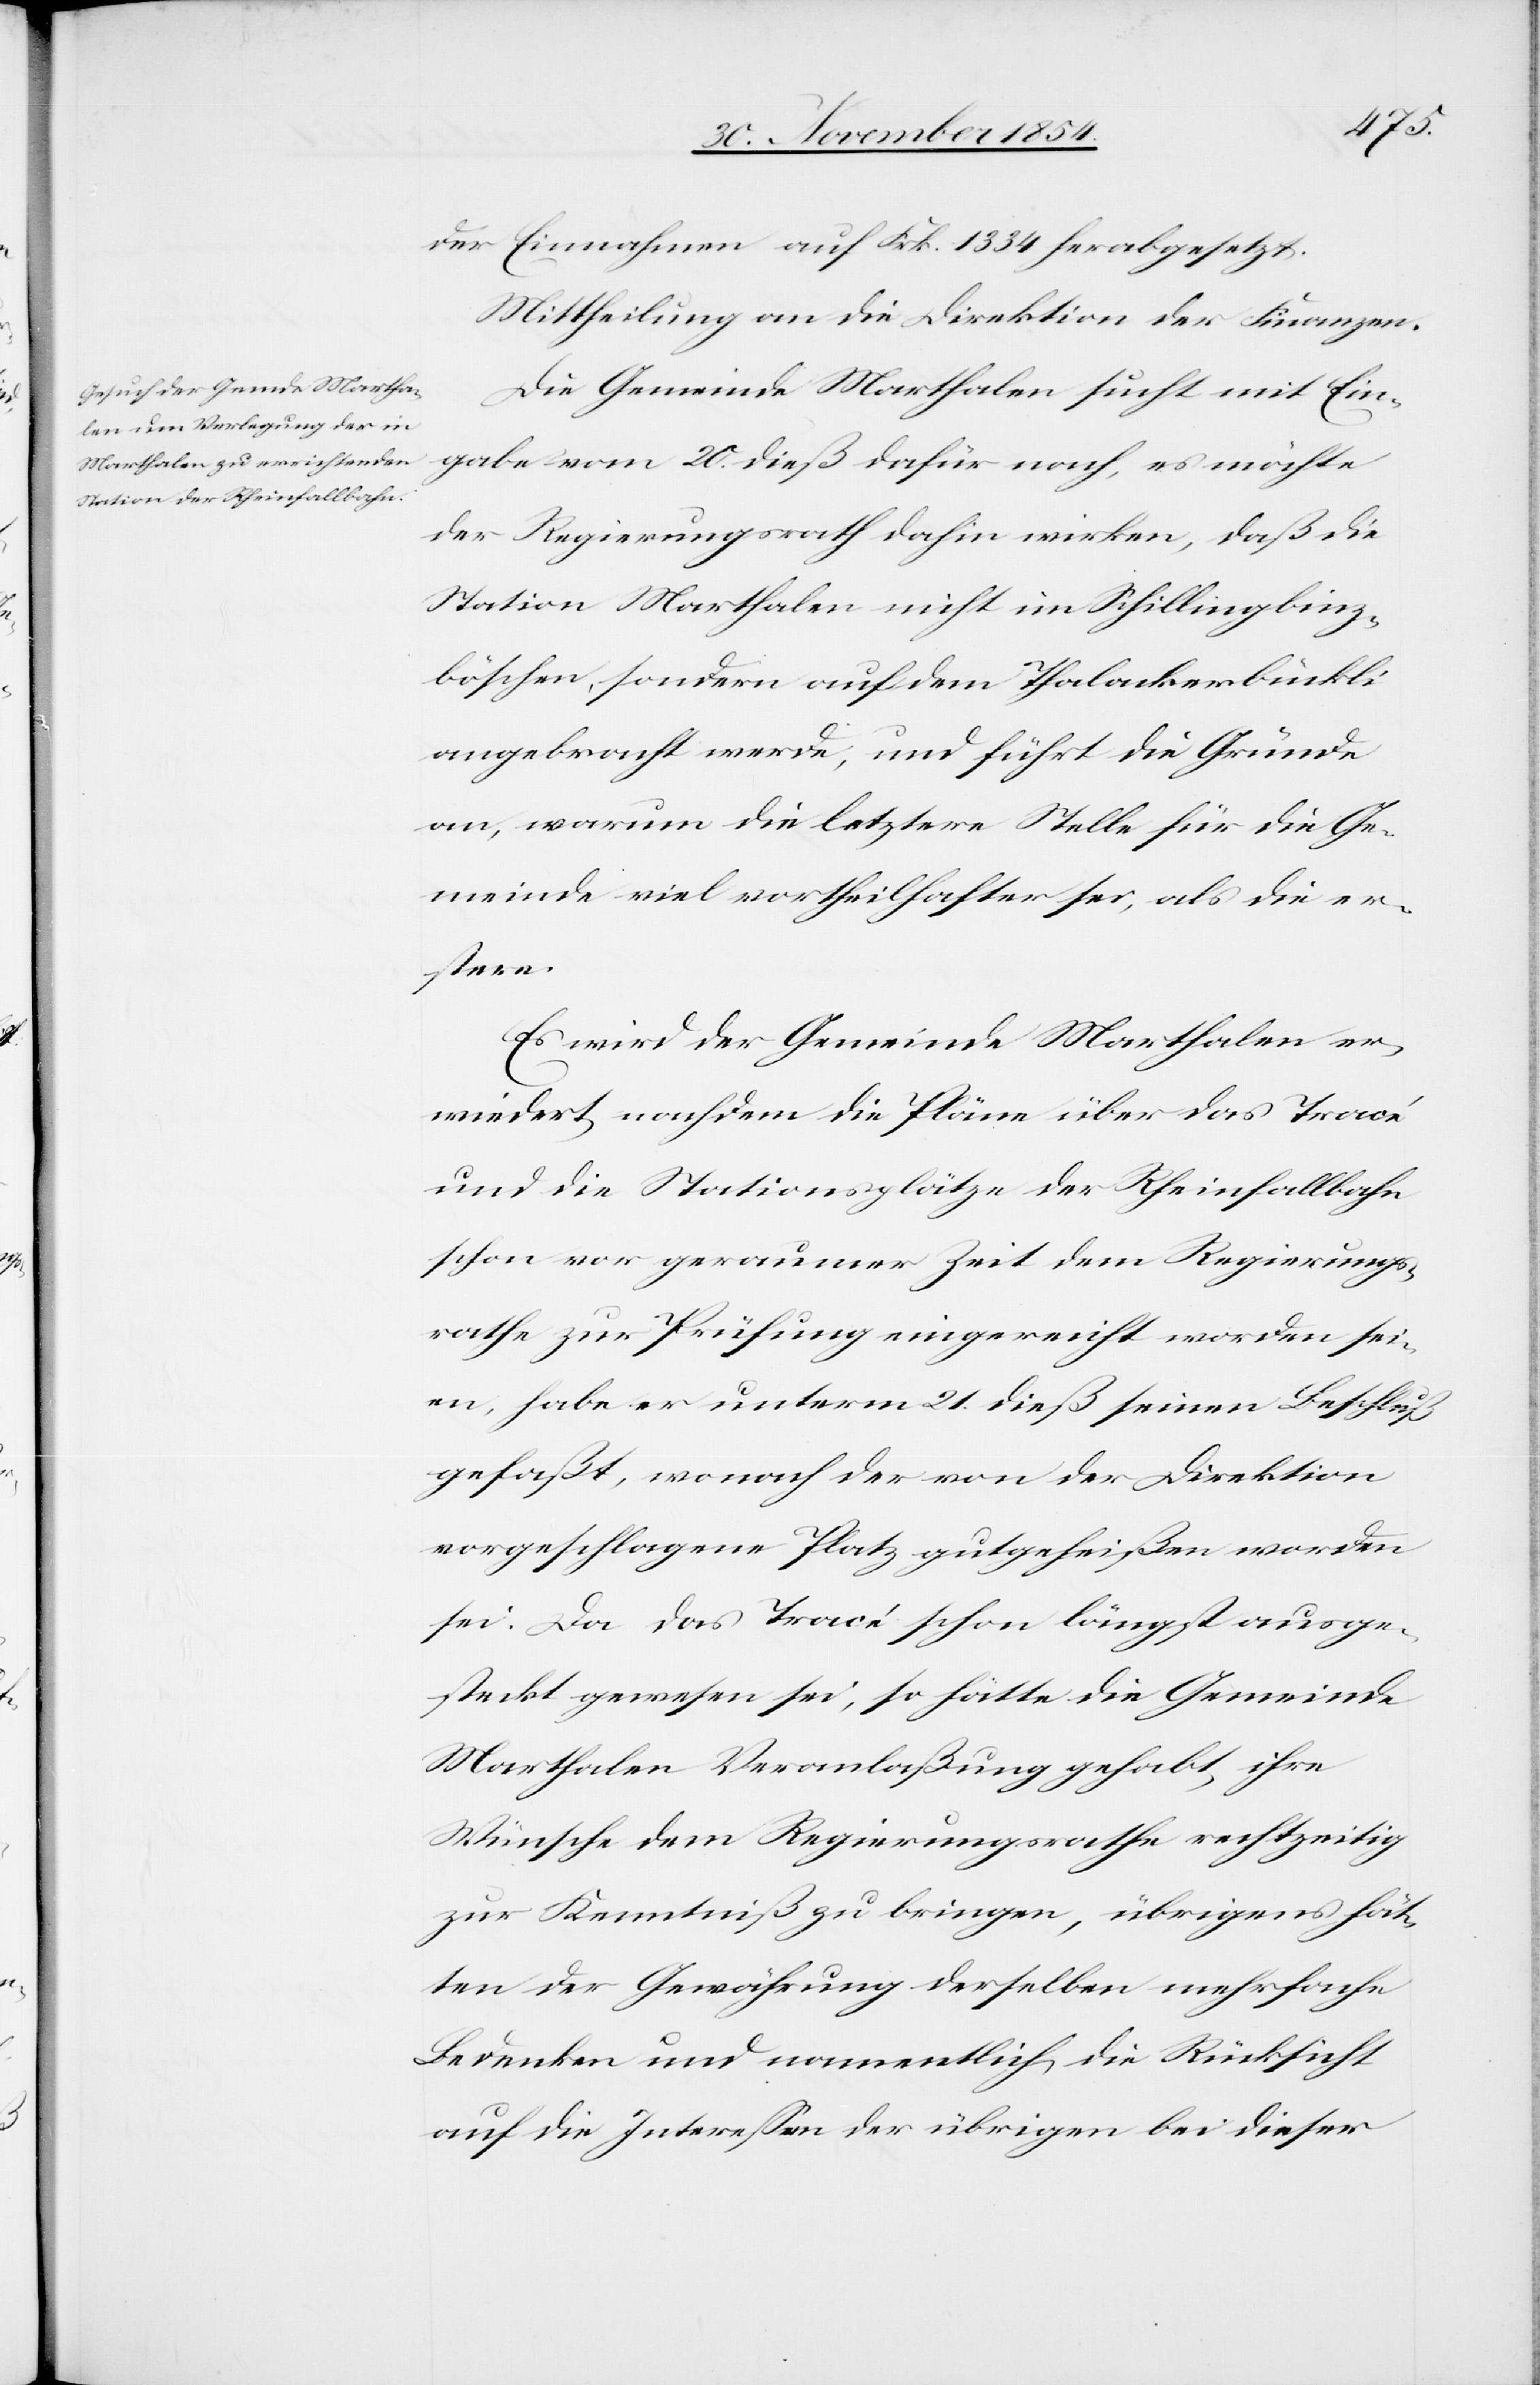
der Einnahmen auf Frk. 1334 herabgesetzt.
Mittheilung an die Direktion der Finanzen.
Die Gemeinde Marthalen sucht mit Ein¬
gabe vom 20. dieß dafür nach, es möchte
der Regierungsrath dahin wirken, daß die
Station Marthalen nicht im Schillingbinz¬
böschen, sondern auf dem Thalackerbückli
angebracht werde, und führt die Gründe
an, warum die letztere Stelle für die Ge¬
meinde viel vortheilhafter sei, als die er¬
stere.
Es wird der Gemeinde Marthalen er¬
wiedert, nachdem die Pläne über das Tracé
und die Stationspläne der Rheinfallbahn
schon vor geraumer Zeit dem Regierungs¬
rathe zur Prüfung eingereicht worden sei¬
en, habe er unterm 21. dieß seinen Beschluß
gefaßt, wonach der von der Direktion
vorgeschlagene Platz gutgeheißen worden
sei. Da das Tracé schon längst ausge¬
steckt gewesen sei, so hätte die Gemeinde
Marthalen Veranlaßung gehabt, ihre
Wünsche dem Regierungsrathe rechtzeitig
zur Kenntniß zu bringen, übrigens hät¬
ten der Gewährung derselben mehrfache
Bedenken und namentlich die Rücksicht
auf die Intereßen der übrigen bei dieser